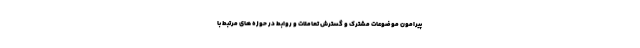
پیرامون موضوعات مشترک و گسترش تعاملات و روابط در حوزه های مرتبط با